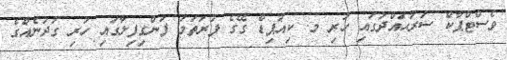
ވެސްޓްޕާކް ސަރަޙައްދުގައި ހުރި މ. ކިއުޕިޑް ގޭގެ ފުރަތަމަ ފަންގިފިލާގައި ހުރި ގުދަނެއްގެ